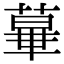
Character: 𦸩